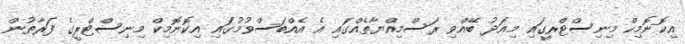
އިކޮނޮމިކް މިނިސްޓްރީގައި މިއަދު ބޭއްވި ރަސްމިއްޔާތެއްގައި އެ އެއްބަސްވުމުގައި އިކޮނޮމިކް މިނިސްޓްރީގެ ފަރާތުން